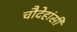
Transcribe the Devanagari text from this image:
चौदेहांसी